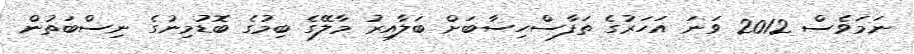
ނަމަވެސް 2012 ވަނަ އަހަރުގެ ތަފާސްހިސާބަށް ބަލާއިރު މާލޭގެ ބިމުގެ ބޮޑުމިނުގެ ނިސްބަތުން